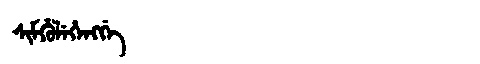
Manchu: ᠰᡳᠮᡥᡠᠯᡝᡥᡝᠩᡤᡝ
Romanization: SIMHULEHENGGE